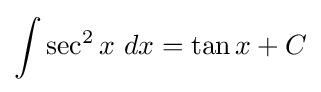
\int \sec ^{2}{x}\ dx=\tan {x}+C